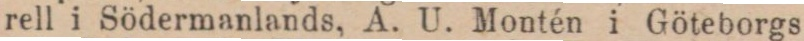
rell i Södermanlands, A. U. Montén i Göteborgs